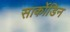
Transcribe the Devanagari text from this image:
सार्कोडिन